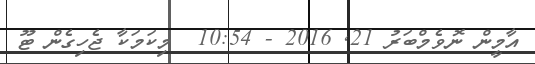
އާމީން ނޮވެމްބަރު 21